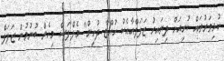
ކުޅިވަރުތައް ކުރިއަށް ދިޔައިރު ޒަލަފްއާއެކު ހުއްޓާ ދުށީން" މެލްފަސް މިހެން ބުނުމުން ޒަލަފް